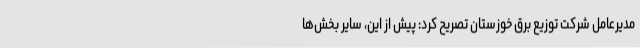
مدیرعامل شرکت توزیع برق خوزستان تصریح کرد: پیش از این، سایر بخش‌ها